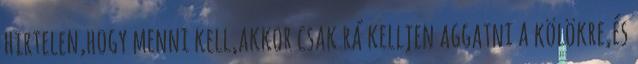
hirtelen,hogy menni kell,akkor csak rá kelljen aggatni a kölökre,és